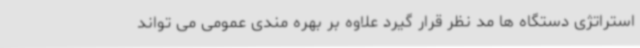
استراتژی دستگاه ها مد نظر قرار گیرد علاوه بر بهره مندی عمومی می تواند